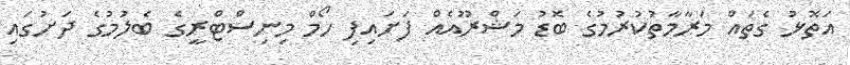
އަތޮޅު ގެތައް މަރާމާތުކުރުމުގެ ބޮޑު މަޝްރޫއެއް ފަށައިފި ހޯމް މިނިސްޓްރީގެ ބެލުމުގެ ދަށުގައި